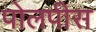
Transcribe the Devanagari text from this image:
पोलपीस